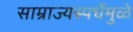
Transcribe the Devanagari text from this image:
साम्राज्यस्पर्धेमुळे